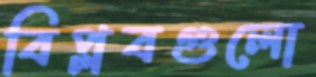
বিপ্লবগুলো